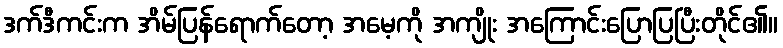
ဒက်ဒီကင်းက အိမ်ပြန်ရောက်တော့ အမေ့ကို အကျိုး အကြောင်းပြောပြပြီးတိုင်၏။